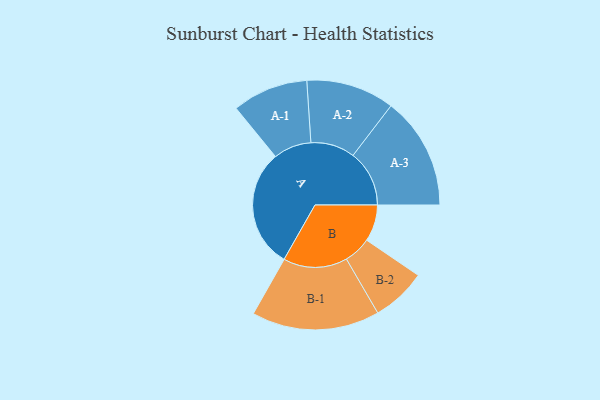
{"axis": {"x": "Segment", "y": "Value"}, "legend": ["", "A", "B"], "data": [{"x": "A", "y": 461, "type": ""}, {"x": "B", "y": 142, "type": ""}, {"x": "A-1", "y": 147, "type": "A"}, {"x": "A-2", "y": 171, "type": "A"}, {"x": "A-3", "y": 218, "type": "A"}, {"x": "B-1", "y": 248, "type": "B"}, {"x": "B-2", "y": 106, "type": "B"}]}